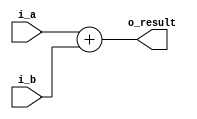
`timescale 1ns / 1ps
//////////////////////////////////////////////////////////////////////////////////
// Company: 
// Engineer: 
// 
// Design Name: 
// Module Name: sumador
// Project Name: 
// Target Devices: 
// Tool Versions: 
// Description: 
// 
// Dependencies: 
// 
// Revision:
// Revision 0.01 - File Created
// Additional Comments:
// 
//////////////////////////////////////////////////////////////////////////////////


module sumador#(
    parameter TAM_DATO = 32
)(
    input [TAM_DATO-1:0] i_a, i_b,
    output [TAM_DATO-1:0] o_result
);
    assign o_result = i_a + $signed(i_b);
endmodule